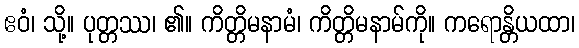
ဧဝံ၊ သို့။ ပုတ္တဿ၊ ၏။ ကိတ္တိမနာမံ၊ ကိတ္တိမနာမ်ကို။ ကရောန္တိယထာ၊